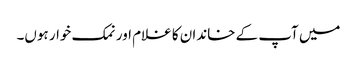
میں آپ کے خاندان کا غلام اور نمک خوار ہوں۔